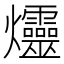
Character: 爧